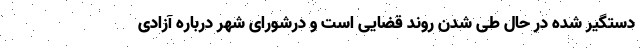
دستگیر شده در حال طی شدن روند قضایی است و درشورای شهر درباره آزادی